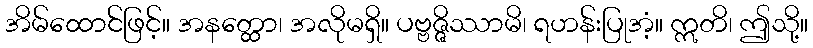
အိမ်ထောင်ဖြင့်။ အနတ္ထော၊ အလိုမရှိ။ ပဗ္ဗဇ္ဇိဿာမိ၊ ရဟန်းပြုအံ့။ ဣတိ၊ ဤသို့။